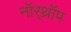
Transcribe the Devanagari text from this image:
नॉर्‌थ्रॉप